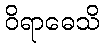
ဝိရာဓေသိ